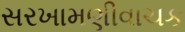
સરખામણીવાચક